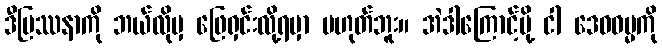
ဒီပြဿနာကို ဘယ်လိုမှ ဖြေရှင်းလို့ရမှာ မဟုတ်ဘူး။ အဲဒါကြောင့်မို့ ငါ ဒေဝဓမ္မကို